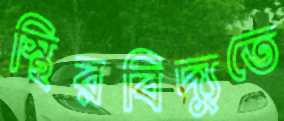
স্থিরবিদ্যুতে